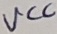
Text: VCC